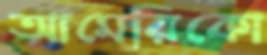
আমেরিকো